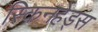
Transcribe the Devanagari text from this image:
स्किनहेड्स